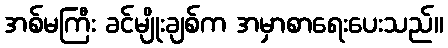
အစ်မကြီး ခင်မျိုးချစ်က အမှာစာရေးပေးသည်။